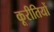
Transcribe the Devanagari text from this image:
कूरीतियों